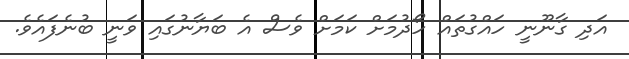
އަދި ގާނޫނީ ހައްގުތައް ހޯދުމަށް ކަމަށް ވެސް އެ ބަޔާނުގައި ވަނީ ބުނެފައެވެ.